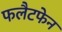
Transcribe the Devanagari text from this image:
फलैटफेन